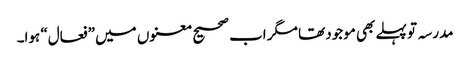
مدرسہ تو پہلے بھی موجود تھا مگر اب صحیح معنوں میں ”فعال“ ہوا۔